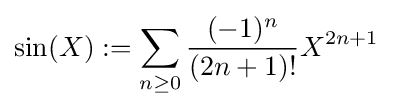
\sin(X):=\sum _{n\geq 0}{\frac {(-1)^{n}}{(2n+1)!}}X^{2n+1}